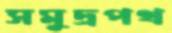
সমুদ্রপথ